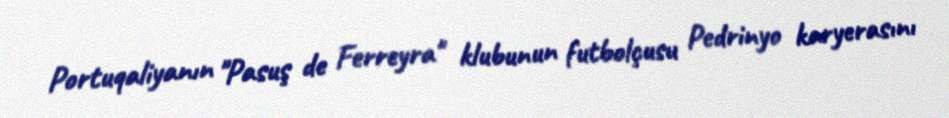
Portuqaliyanın "Pasuş de Ferreyra" klubunun futbolçusu Pedrinyo karyerasını